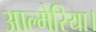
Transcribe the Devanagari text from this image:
आल्मेरिया।